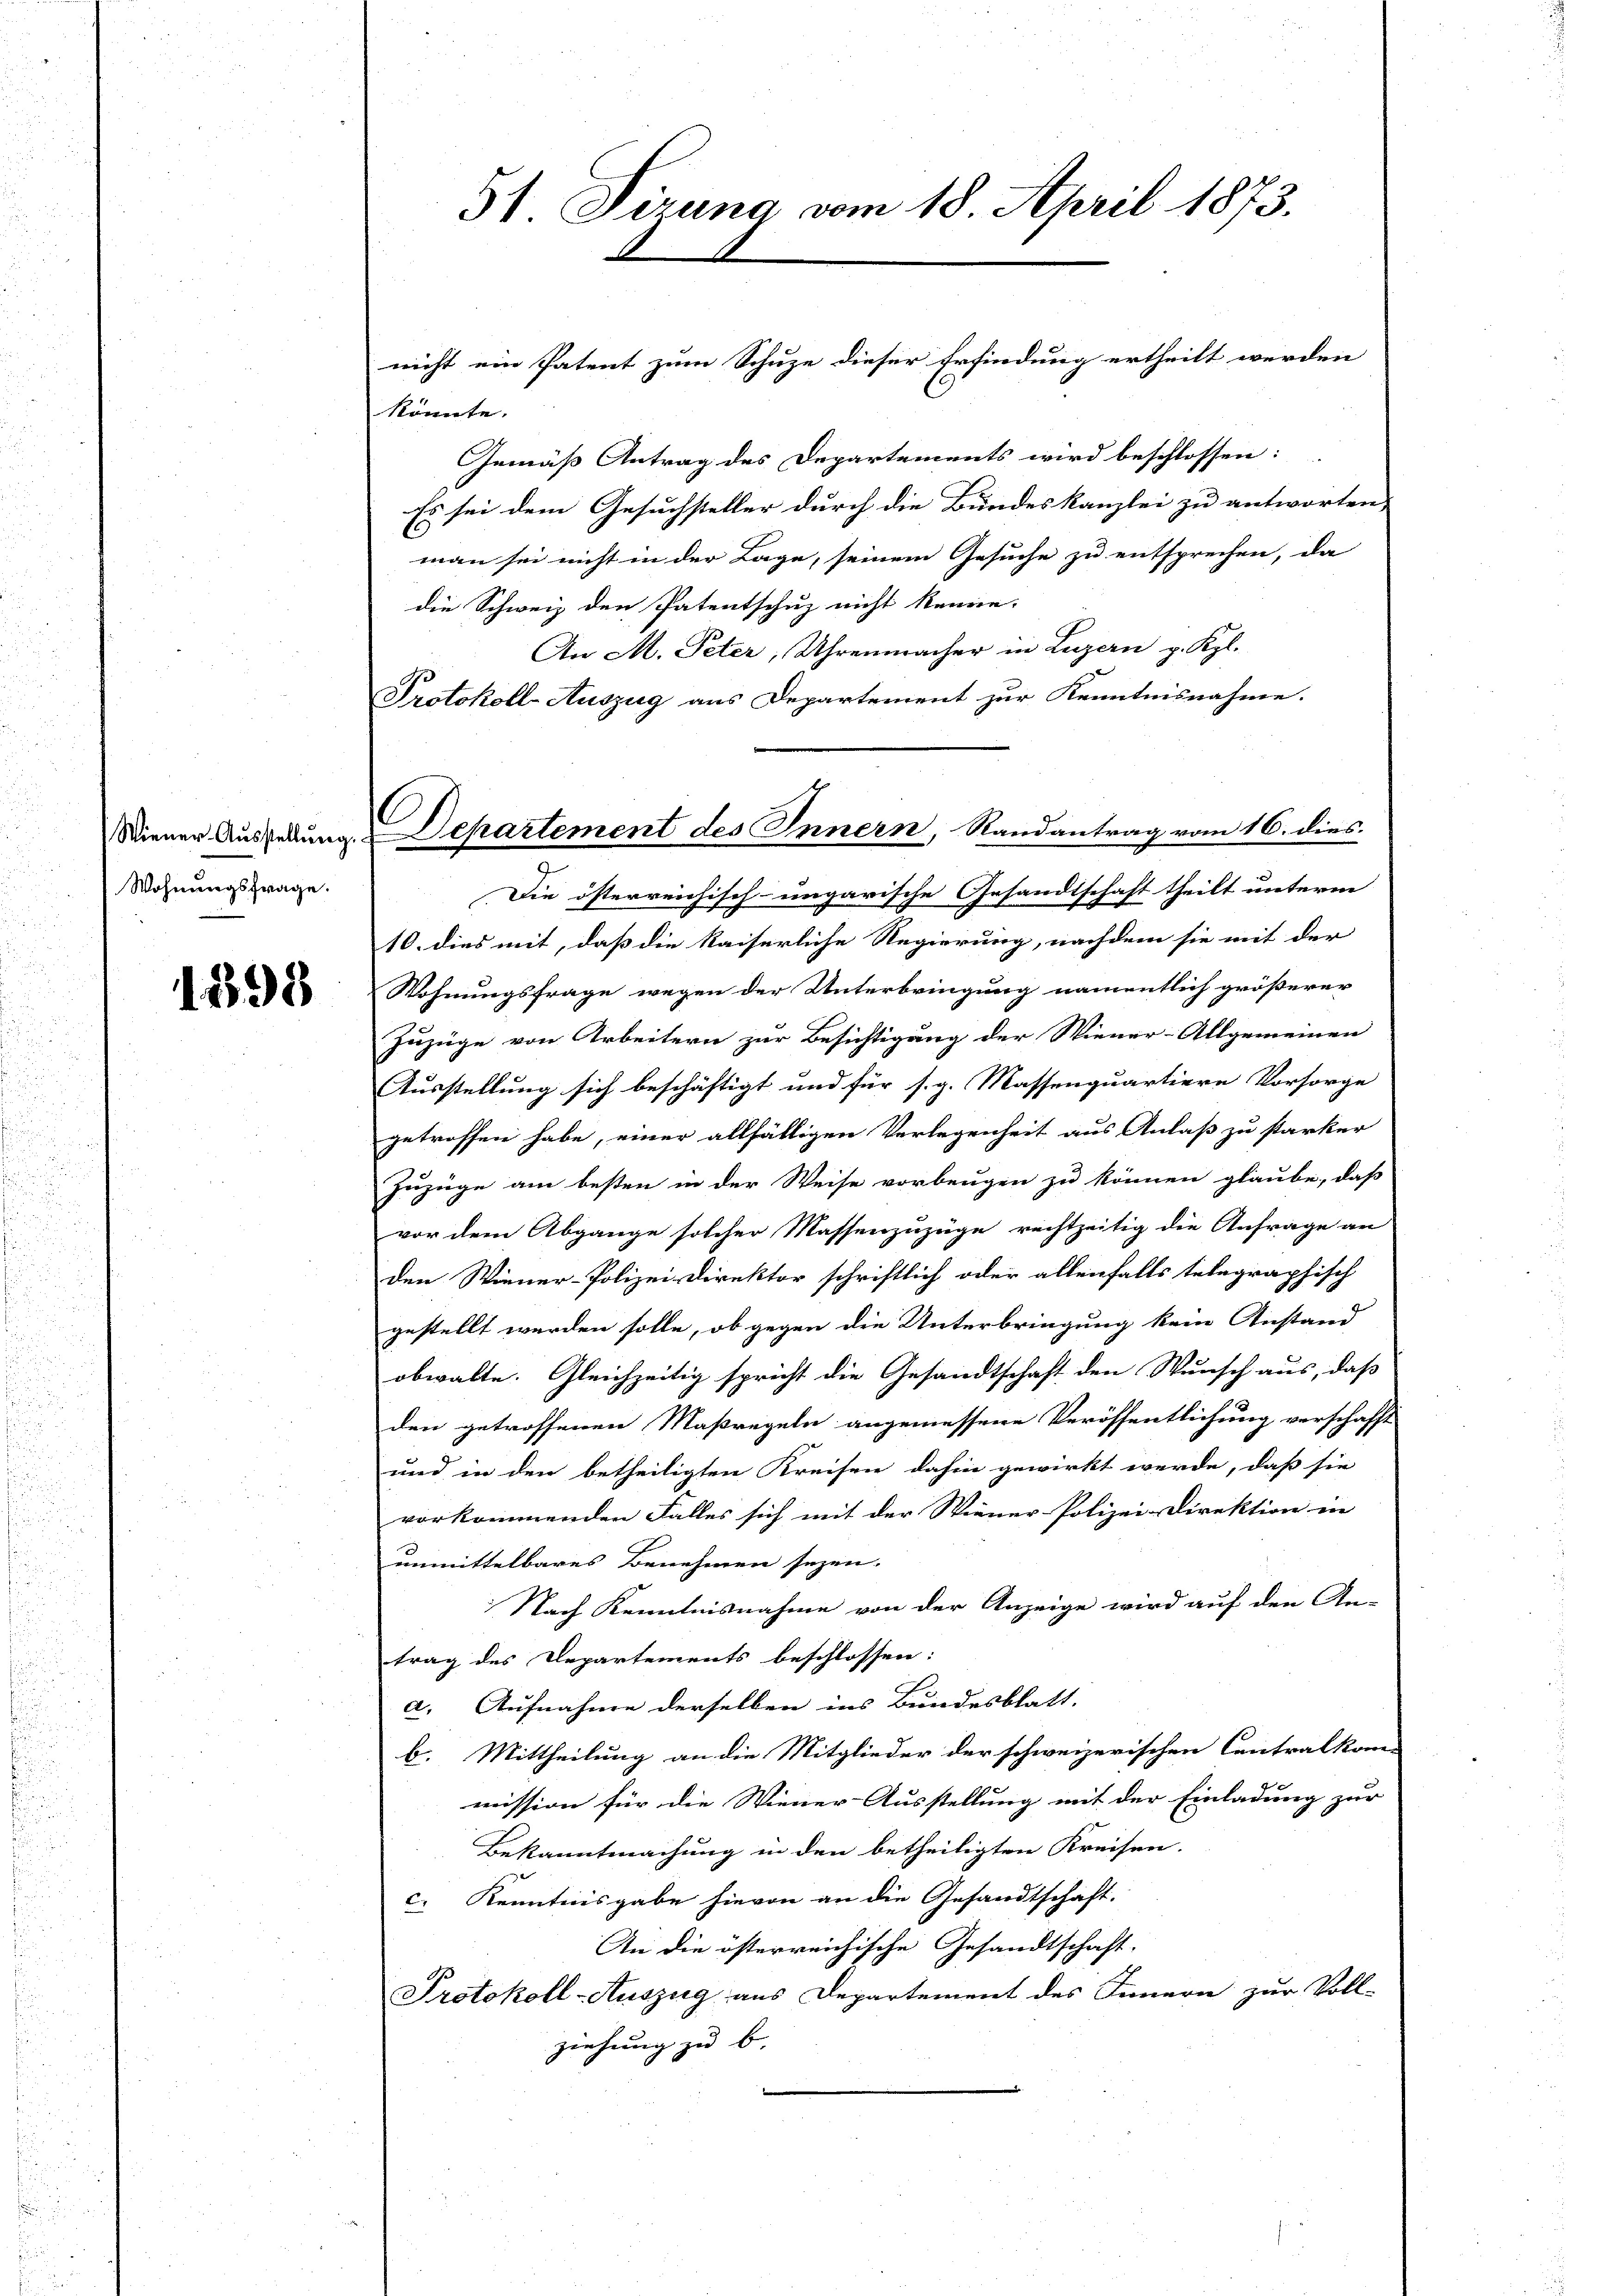
Wohnungsfrage.

1398

könnte.
Gemäß Antrag des Departements wird beschlossen:
Es sei dem Gesuchsteller durch die Bundeskanzlei zu antworten,
man sei nicht in der Lage, seinem Gesuche zu entsprechen, da
die Schweiz den Patentschuz nicht kenne.
An M. Peter, Uhrenmacher in Luzern p. Kgl.
Protokoll-Auszug aus Departement zur Kenntnisnahme.
Die österreichisch-ungarische Gesandtschaft theilt unterm
10. dies mit, daß die kaiserliche Regierung, nachdem sie mit der
Wohnungsfrage wegen der Unterbringung namentlich größerer
Zuzüge von Arbeitern zur Besichtigung der Wiener-Allgemeinen
Ausstellung sich beschäftigt und für s. g. Massenquartiere Vorsorge
getroffen habe, einer allfälligen Verlegenheit aus Anlaß zu starker
Zuzüge am besten in der Weise vorbeugen zu können glaube, daß
vor dem Abgange solcher Massenzuzüge rechtzeitig die Anfrage an
den Wiener-Polizei-Direktor schriftlich oder allenfalls telegraphisch
gestellt werden solle, ob gegen die Unterbringung kein Anstand
obwalte. Gleichzeitig spricht die Gesandtschaft den Wunsch aus, daß
den getroffenen Maßregeln angemessene Veröffentlichung verschafft
und in den betheiligten Kreisen dahin gewirkt werde, daß sie
vorkommenden Falles sich mit der Wiener Polizei-Direktion in
unmittelbares Benehmen seyen. |
Nach Kenntnisnahme von der Anzeige wird auf den An-
trag des Departements beschlossen:
a. Aufnahme derselben ins Bundesblatt.
b. Mittheilung an die Mitglieder der schweizerischen Contralkom-
mission für die Wiener-Ausstellung mit der Einladung zur
Bekanntmachung in den betheiligten Kreisen.
c. Kenntnisgabe hievon an die Gesandtschaft.
An die österreichische Gesandtschaft.
Protokoll-Auszug aus Departement des Innern zur Voll-
ziehung zu b

51 Tirung vom 18. April 1873.

nicht ein Patent zum Schuze dieser Erfindung ertheilt werden

Wiener Ausstellung Departement des Innern, Randantrag vom 16. dies